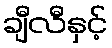
ချီလီနှင့်